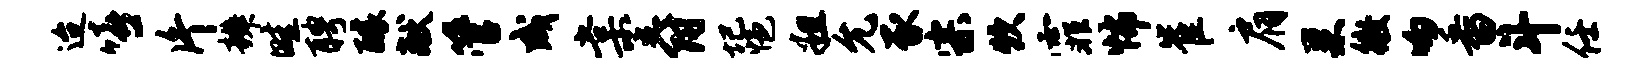
迨嘻片辨畦聘醵献管成棠爵圮悒粗允豕宗炊霏怖崔肩巢徵吻番斗任